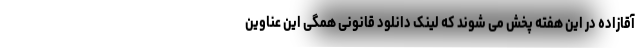
آقازاده در این هفته پخش می شوند که لینک دانلود قانونی همگی این عناوین